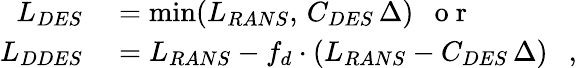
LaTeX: \begin{array}{rl}{L_{DES}}&{{}=\operatorname*{min}(L_{RANS},\, C_{DES}\, \Delta)\mathrm{~~~o~r~}}\\ {L_{DDES}}&{{}=L_{RANS}-f_{d}\cdot(L_{RANS}-C_{DES}\, \Delta)\mathrm{~~~},}\end{array}